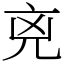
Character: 𠒋